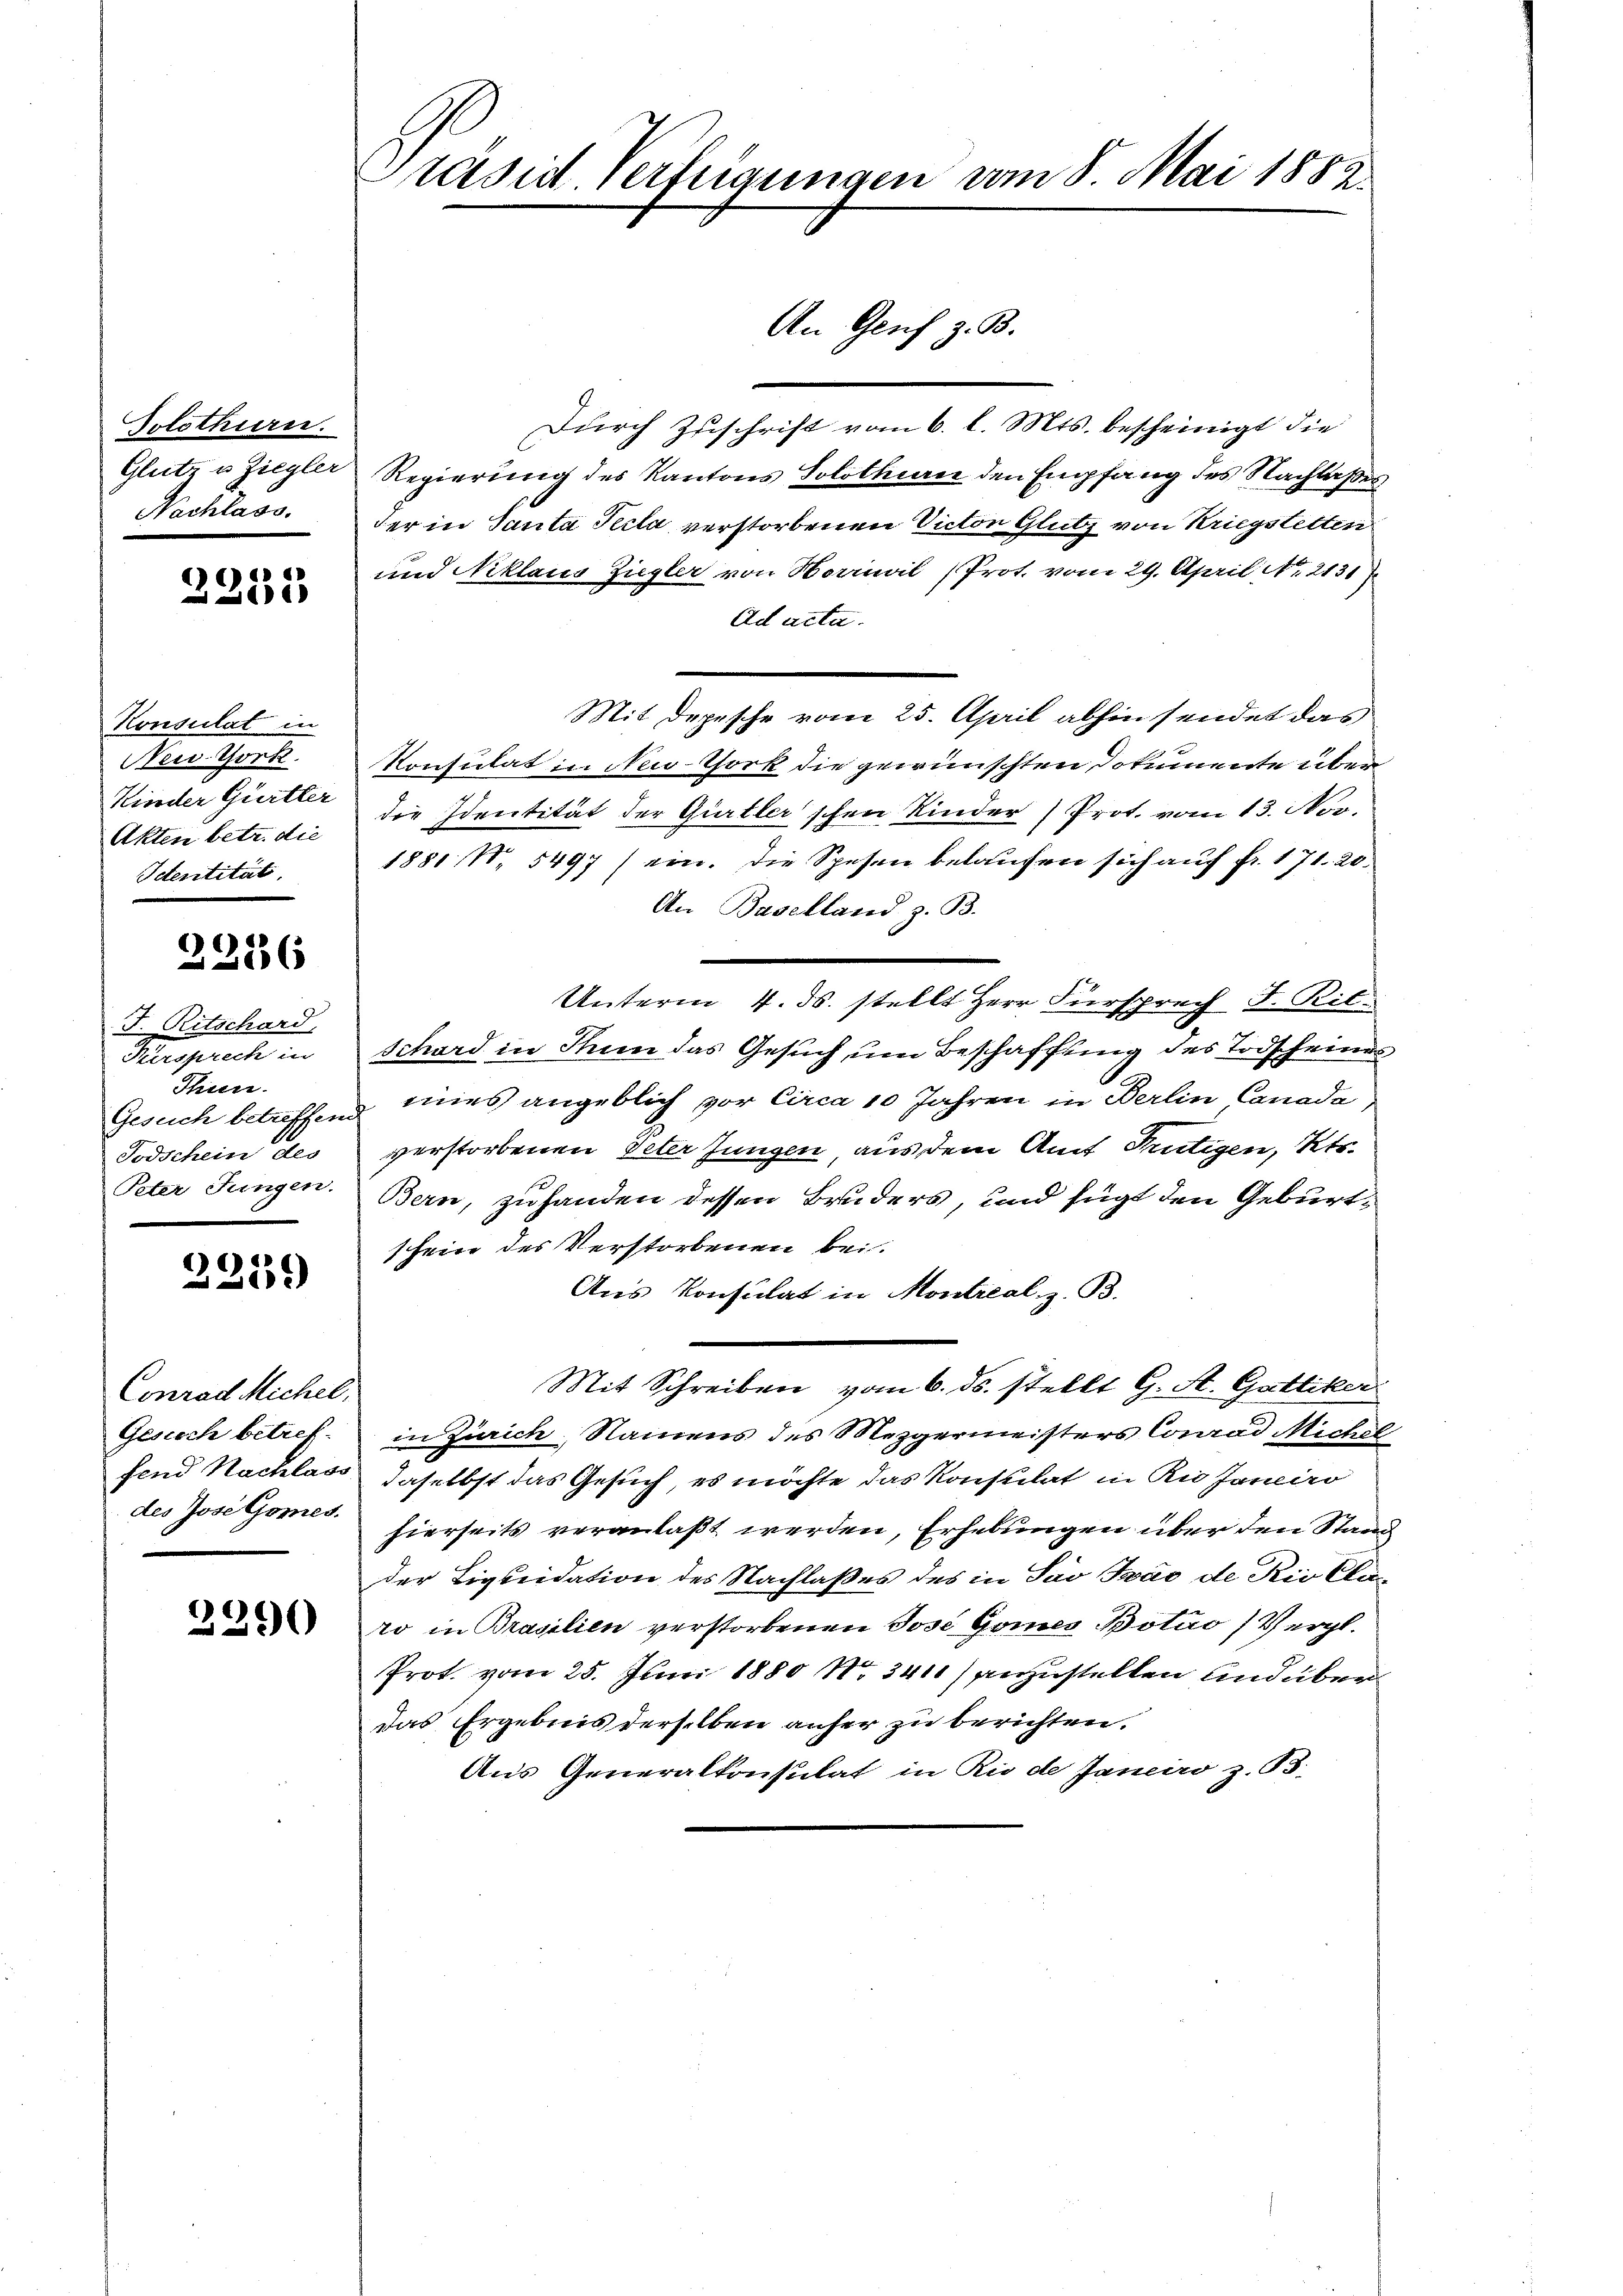
Solothurn.
Glutz u. Ziegler
Nachlass.

2253

Konsulat in
New-York
Kinder Gürtler
Akten betr. die
Icentität

2286

F. Ritschard,
Heerspreche in
Thun.
Todschein des
Peter Jungen.

2259

Conrad Michel,
Gesich betref-
fend Nachlass
des Jose Gomes.

3290

Präsid. Verfügungen vom 8. Mai 1882

Durch Zuschrift vom 6. l. Mts. bescheinigt die
Regierung des Kantons Solothurer den Empfang des Nachlaßes
der in Santa Pecta verstorbenen Victor Glutz von Kriegstetten
und Niklaus Zugler von Normal (Prot. vom 29. April Nr. 2131)
Ad acta.
Mit Depesche vom 25. April abhin sendet das
Konsulat in New-York die gewünschten Dokumente über
die Identität der Gürtler'schen Kinder Prot. vom 13. Nov.
1881 N. 5497) ein. Die Spesen belaufen sich auf fr. 171. 20.
An Baselland z. B.
Unterm 4. ds. stellt Herr Fürsprech J. Rit-
Schord in Thun das Gesuch um Beschaffung des Todscheines
Gesuch betreffend eines angeblich vor Circa 10 Jahren in Berlin, Canada
verstorbenen Peter Jungen aus dem Amt Rütigen, Kts.
Bern, zuhanden dessen Bruders, und fügt den Geburtscheine des Verstorbenen bei.
Aus Konsulat in Montreal. z. B.
Mit Schreiben vom 6. ds. stellt G. A. Gattiker
in Zürich, Namens des Mezgermeisters Conrad Michl
daselbst das Gesuch, es möchte das Konsulat in Rio Janeiro
hierseits veranlaßt werden, Erhebungen über den Stand
der Liquidation des Nachlaßes des in Sav Zwar de Die Claro in Brasilien verstorbenen Jose Gomnes Botuo (Vergl.
Prot. vom 25. Juni 1880 No. 341) anzustellen und über
das Ergebnis derselben anher zu berichten.
Aus Generalkonsulat in Rio de Janeiro z. B.

An Genf z. B.